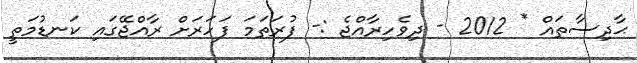
ޙާދިސާތައް * 2012 - ދިވެހިރާއްޖެ :- ފުރަތަމަ ފަހަރަށް ރާއްޖޭގައި ކަނޑުމަތީ